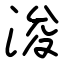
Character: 浚